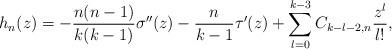
LaTeX: \begin{align*} h_n(z) = - \frac{n(n-1)}{k(k-1)} \sigma''(z) - \frac{n}{k-1} \tau'(z) + \sum_{l=0}^{k-3} C_{k-l-2,n} \frac{z^l}{l!}, \end{align*}